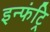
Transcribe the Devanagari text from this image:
इन्फंट्रि